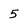
Character: 5